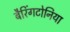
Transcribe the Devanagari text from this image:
बैरिंगटोनिया